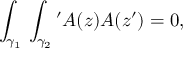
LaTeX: \int _ { \gamma _ { 1 } } \d z \int _ { \gamma _ { 2 } } \d z ^ { \prime } { \cal A } ( z ) { \cal A } ( z ^ { \prime } ) = 0 ,